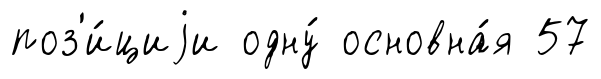
поз'и́циjи одну́ основна́я 57